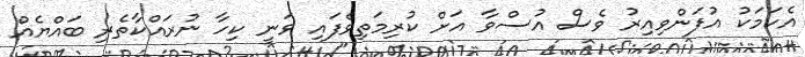
އެކަމަކު އުފަންވިއިރު ވެސް އުސްވާ އަށް ކުރިމަތިވެފައި ވަނީ ކިހާ ނުރައްކާތެރި ބައްޔެއް